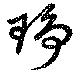
琤